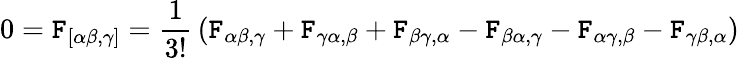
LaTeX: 0=\mathtt{F}_{[\alpha\beta,\gamma]}={\frac{{1}}{{3!}}}\left(\mathtt{F}_{\alpha\beta,\gamma}+\mathtt{F}_{\gamma\alpha,\beta}+\mathtt{F}_{\beta\gamma,\alpha}-\mathtt{F}_{\beta\alpha,\gamma}-\mathtt{F}_{\alpha\gamma,\beta}-\mathtt{F}_{\gamma\beta,\alpha}\right)